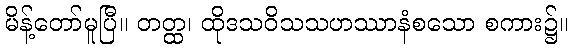
မိန့်တော်မူပြီ။ တတ္ထ၊ ထိုဒသဝိသသဟဿာနံစသော စကား၌။